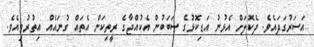
އަސަރުގަދައެވެ. ދެކޮލަށް އެޅުނު އަޑިކޮޅުގެ ސަބަބުން އެކުއްޖާގެ ރީތިކަން އެތައް ގުނައެެއް އިތުރުވިއެވެ.